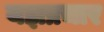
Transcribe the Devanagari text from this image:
यज्ञप्रचार